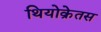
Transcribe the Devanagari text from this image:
थियोक्रेतस